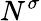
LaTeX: N^{\sigma}